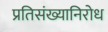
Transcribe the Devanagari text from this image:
प्रतिसंख्यानिरोध